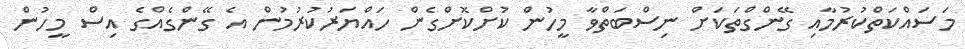
މަސައްކަތްކުރުމާއި ގޭންގްތަކަށް ނިސްބަތްވާ މީހުން ކުށްކޮށްގެން ހައްޔަރުކުރުމުން އެ ގޭންގެއްގެ އިސް މީހުން